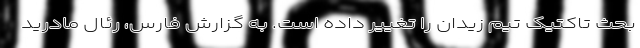
بحث تاکتیک تیم زیدان را تغییر داده است. به گزارش فارس، رئال مادرید